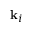
\mathbf { k } _ { i }